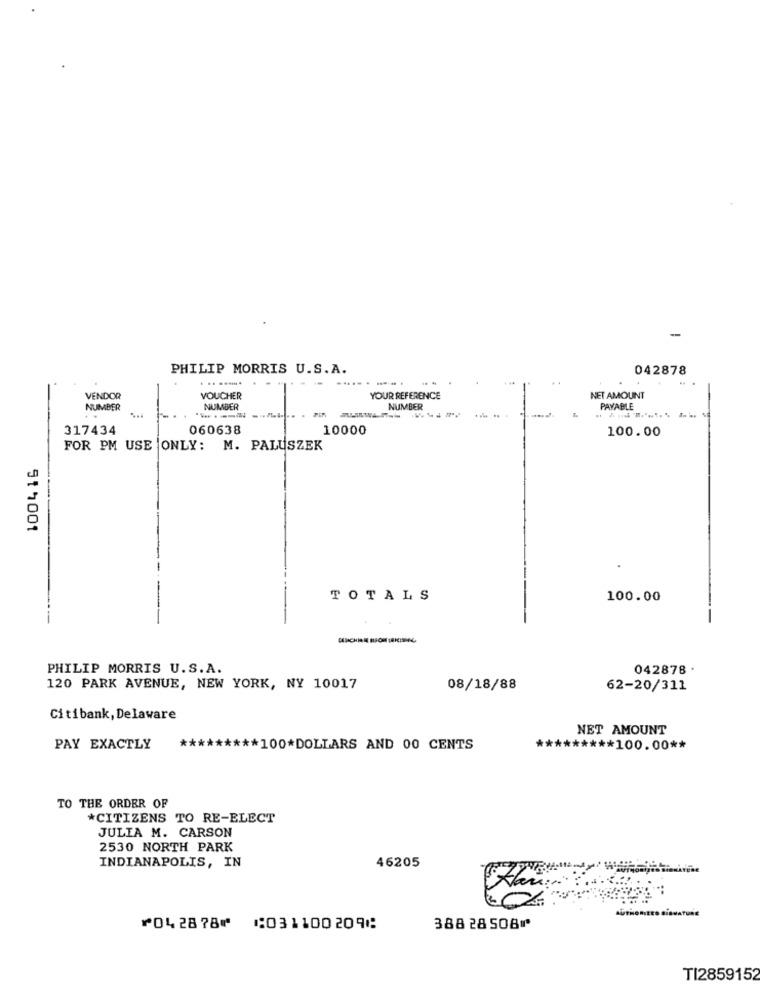
PHILIP MORRIS U.S.A.
042878
. .. ....
..
VENDOR
VOUCHER
YOUR REFERENCE
NET AMOUNT
NUMBER
NUMBER
NUMBER
PAYABLE
317434
060638
10000
100.00
FOR PM USE ONLY: M. PALUSZEK
100416
TOTALS
100.00
PHILIP MORRIS U.S.A.
042878 .
120 PARK AVENUE, NEW YORK, NY 10017
08/18/88
62-20/311
Citibank, Delaware
NET AMOUNT
PAY EXACTLY
********* 100*DOLLARS AND 00 CENTS
********* 100.00 **
TO THE ORDER OF
*CITIZENS TO RE-ELECT
JULIA M. CARSON
2530 NORTH PARK
INDIANAPOLIS, IN
46205
⑈042878⑈ ⑆031100209⑆
38828508⑈
TI2859152